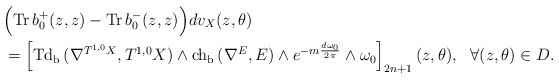
\begin{align*} &\Bigr(\mathrm{Tr\,}b^+_0(z,z)-\mathrm{Tr\,}b^-_0(z,z)\Bigr)dv_X(z,\theta) \\&=\left[\mathrm{Td_b\,}(\nabla^{T^{1,0}X},T^{1,0}X)\wedge\mathrm{ch_b\,}(\nabla^{E},E)\wedge e^{-m\frac{d\omega_0}{2\pi}}\wedge\omega_0\right]_{2n+1}(z,\theta),\ \ \forall(z,\theta)\in D.\end{align*}